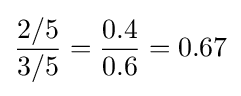
{\frac {2/5}{3/5}}={\frac {0.4}{0.6}}=0.67